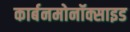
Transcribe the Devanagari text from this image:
कार्बनमोनॉक्साइड